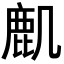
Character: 𪊋